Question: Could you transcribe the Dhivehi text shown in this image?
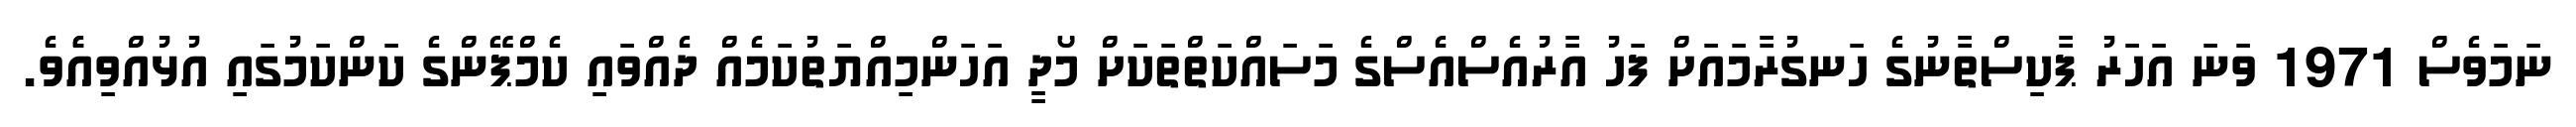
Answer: ނަމަވެސް 1971 ވަނަ އަހަރު ޕާކިސްތާނުގެ ހަނގުރާމައަށް ފަހު އާރުއެސްއެސްގެ މަސައްކަތްތަކަށް މޯދީ އަހަންމިއްޔަތުކަމެއް ދެއްވައި ކެމްޕޭންގެ ކަންކަމުގައި އުޅުއްވިއެެވެ.